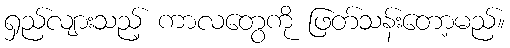
ရှည်လျားသည့် ကာလတွေကို ဖြတ်သန်းတော့မည်။